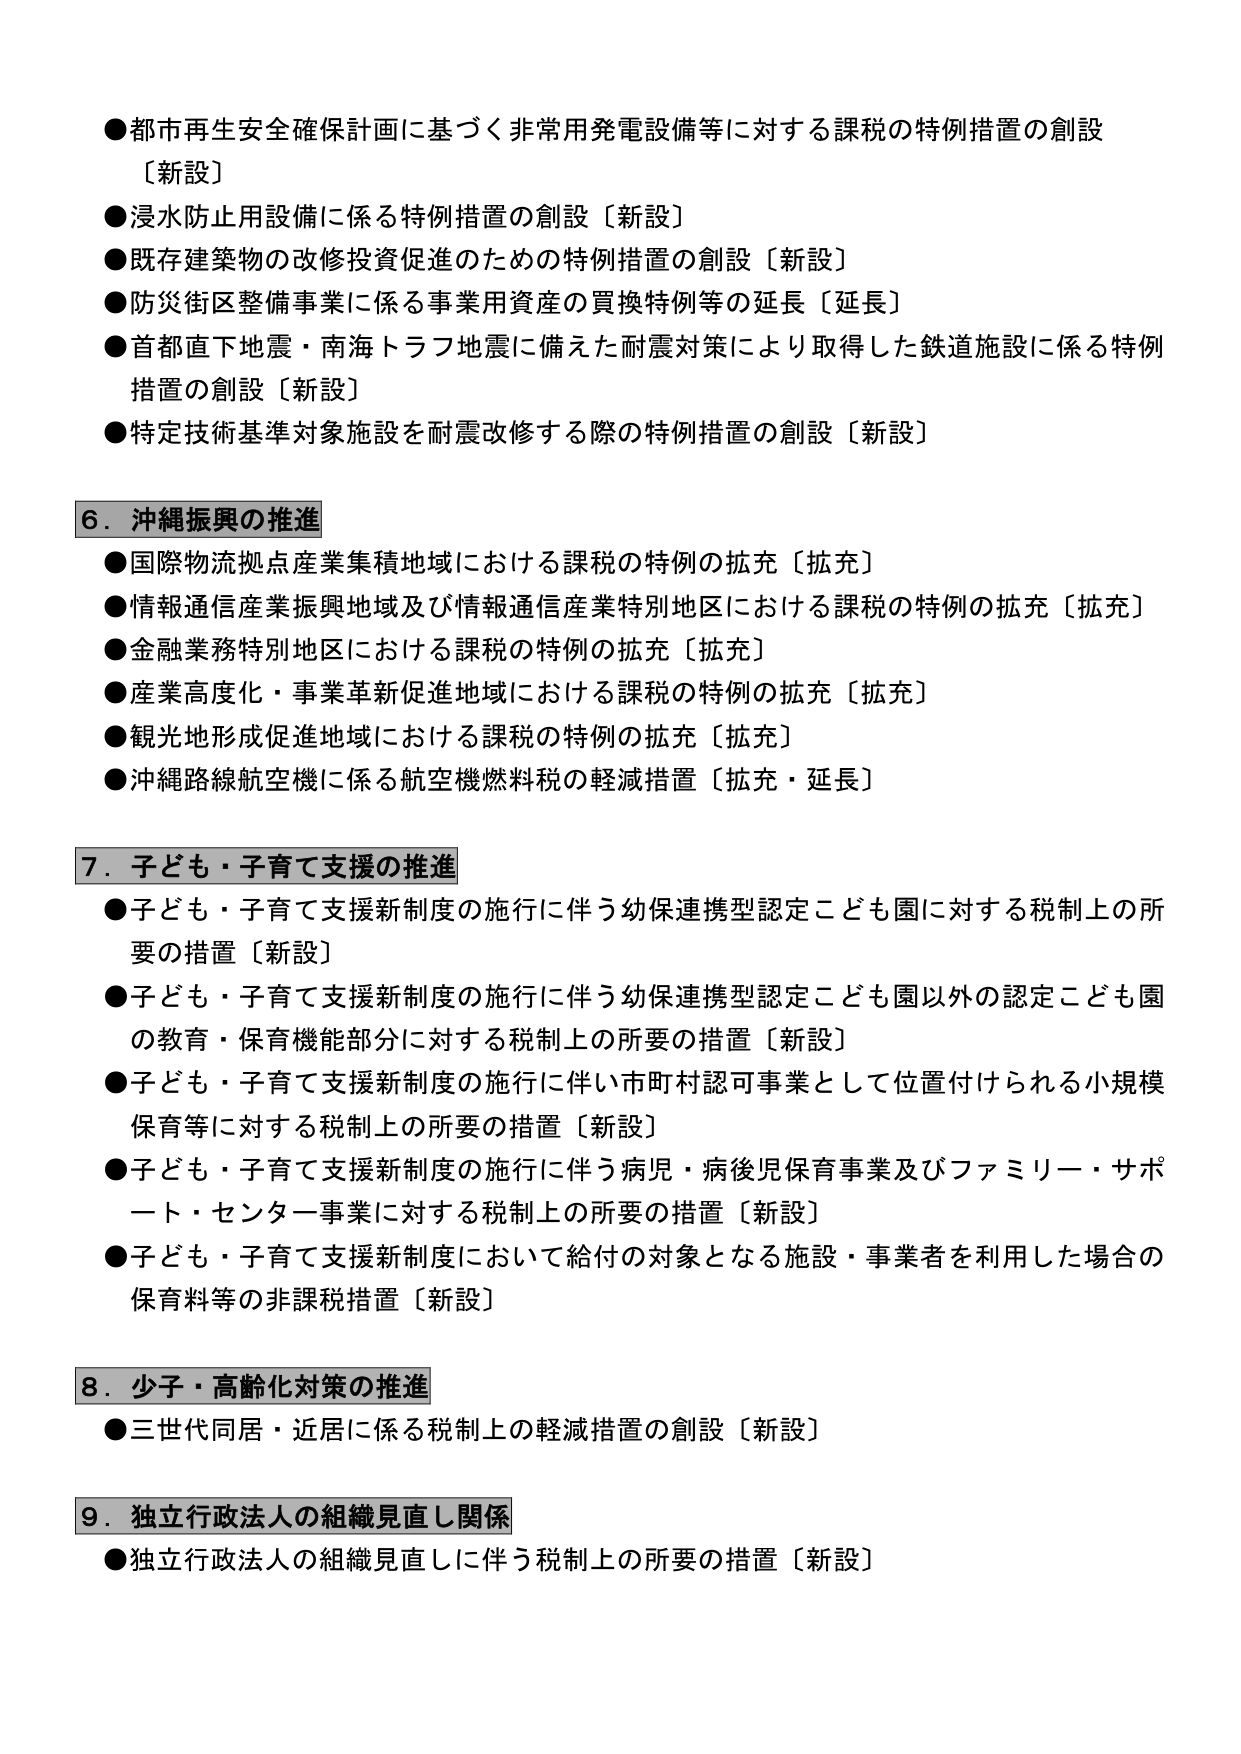
●都市再生安全確保計画に基づく非常用発電設備等に対する課税の特例措置の創設〔新設〕
●浸水防止用設備に係る特例措置の創設〔新設〕
●既存建築物の改修投資促進のための特例措置の創設〔新設〕
●防災街区整備事業に係る事業用資産の買換特例等の延長〔延長〕
●首都直下地震・南海トラフ地震に備えた耐震対策により取得した鉄道施設に係る特例措置の創設〔新設〕
●特定技術基準対象施設を耐震改修する際の特例措置の創設〔新設〕

6．沖縄振興の推進
●国際物流拠点産業集積地域における課税の特例の拡充〔拡充〕
●情報通信産業振興地域及び情報通信産業特別地区における課税の特例の拡充〔拡充〕
●金融業務特別地区における課税の特例の拡充〔拡充〕
●産業高度化・事業革新促進地域における課税の特例の拡充〔拡充〕
●観光地形成促進地域における課税の特例の拡充〔拡充〕
●沖縄路線航空機に係る航空機燃料税の軽減措置〔拡充・延長〕

7．子ども・子育て支援の推進
●子ども・子育て支援新制度の施行に伴う幼保連携型認定こども園に対する税制上の所要の措置〔新設〕
●子ども・子育て支援新制度の施行に伴う幼保連携型認定こども園以外の認定こども園の教育・保育機能部分に対する税制上の所要の措置〔新設〕
●子ども・子育て支援新制度の施行に伴い市町村認可事業として位置付けられる小規模保育等に対する税制上の所要の措置〔新設〕
●子ども・子育て支援新制度の施行に伴う病児・病後児保育事業及びファミリー・サポート・センター事業に対する税制上の所要の措置〔新設〕
●子ども・子育て支援新制度において給付の対象となる施設・事業者を利用した場合の保育料等の非課税措置〔新設〕

8．少子・高齢化対策の推進
●三世代同居・近居に係る税制上の軽減措置の創設〔新設〕

9．独立行政法人の組織見直し関係
●独立行政法人の組織見直しに伴う税制上の所要の措置〔新設〕